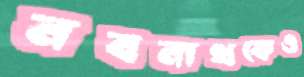
নবনাথকেও